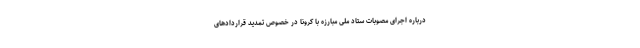
درباره اجرای مصوبات ستاد ملی مبارزه با کرونا در خصوص تمدید قراردادهای